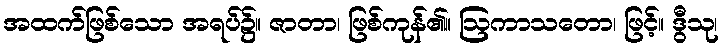
အထက်ဖြစ်သော အရပ်၌။ ဇာတာ၊ ဖြစ်ကုန်၏။ ဩကာသတော၊ ဖြင့်။ ဒွီသု၊